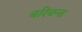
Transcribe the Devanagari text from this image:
बरिबन्ड